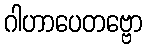
ဂါဟာပေတဗ္ဗော